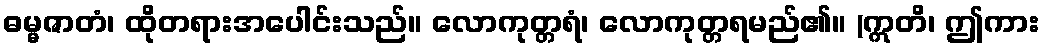
ဓမ္မဇာတံ၊ ထိုတရားအပေါင်းသည်။ လောကုတ္တရံ၊ လောကုတ္တရမည်၏။ (ဣတိ၊ ဤကား